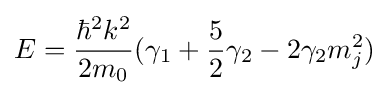
E={{\hbar ^{2}k^{2}} \over {2m_{0}}}(\gamma _{1}+{{5} \over {2}}\gamma _{2}-2\gamma _{2}m_{j}^{2})